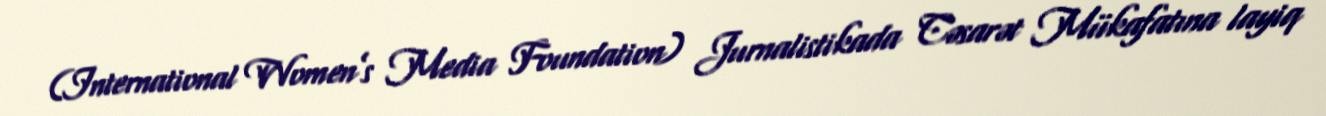
(International Women’s Media Foundation) Jurnalistikada Cəsarət Mükafatına layiq